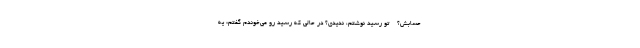
حسابش؟ - تو رسید نوشتم، ندیدی؟ در حالی که رسید رو می­خوندم گفتم: یه